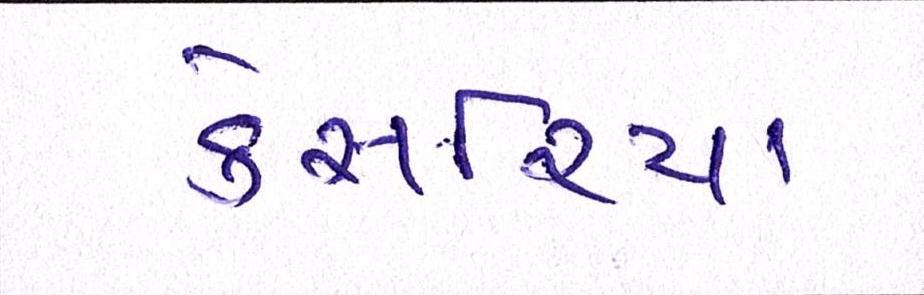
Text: કેસરિયા